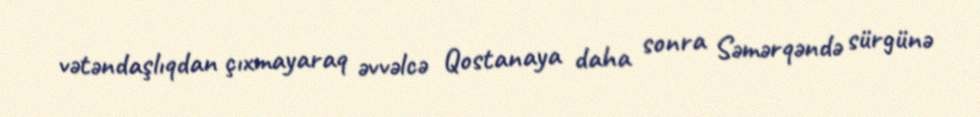
vətəndaşlıqdan çıxmayaraq əvvəlcə Qostanaya daha sonra Səmərqəndə sürgünə